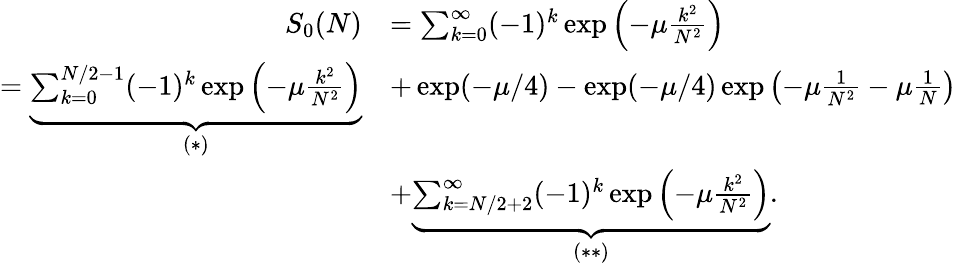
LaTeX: \begin{array}{rl}{S_{0}(N)}&{=\sum_{k=0}^{\infty}(-1)^{k}\exp\left(-\mu\frac{k^{2}}{N^{2}}\right)}\\ {=\underbrace{\sum_{k=0}^{N/2-1}(-1)^{k}\exp\left(-\mu\frac{k^{2}}{N^{2}}\right)}_{(*)}}&{+\exp(-\mu/4)-\exp(-\mu/4)\exp\left(-\mu\frac{1}{N^{2}}-\mu\frac{1}{N}\right)}\\ &{+\underbrace{\sum_{k=N/2+2}^{\infty}(-1)^{k}\exp\left(-\mu\frac{k^{2}}{N^{2}}\right)}_{(**)}.}\end{array}